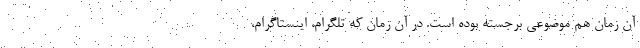
آن زمان هم موضوعی برجسته بوده است. در آن زمان که تلگرام، اینستاگرام،